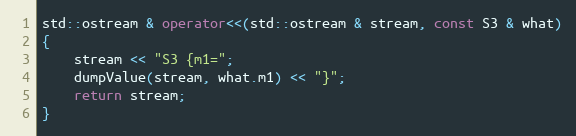
Language: C++
std::ostream & operator<<(std::ostream & stream, const S3 & what)
{
    stream << "S3 {m1=";
    dumpValue(stream, what.m1) << "}";
    return stream;
}